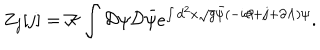
LaTeX: Z _ { j } [ j ] = { \cal K } \int { \cal D } \psi { \cal D } \bar { \psi } e ^ { \int d ^ { 2 } x \sqrt { g } \bar { \psi } ( - i { \partial \! \! / } + { j \! \! / } + { \partial \! \! / \Lambda } ) \psi } .